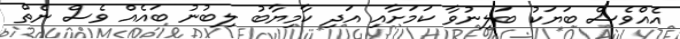
އެއްވެސް ބަޔަކު ބަލިނުވާ ކަމަށާއި އަދި ކާމިޔާބު ލިބުނު ބައެއް ވެސް ނެތް